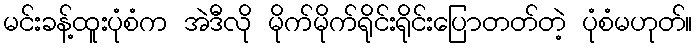
မင်းခန့်ထူးပုံစံက အဲဒီလို မိုက်မိုက်ရိုင်းရိုင်းပြောတတ်တဲ့ ပုံစံမဟုတ်။